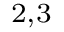
^ { 2 , 3 }